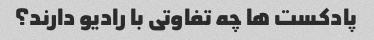
پادکست ها چه تفاوتی با رادیو دارند؟